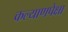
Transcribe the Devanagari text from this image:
कल्याणपेक्षा